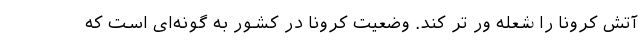
آتش کرونا را شعله ور تر کند. وضعیت کرونا در کشور به گونه‌ای است که